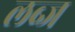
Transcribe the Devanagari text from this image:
लब्ज